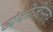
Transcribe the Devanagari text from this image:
व्यंकोजीनंतर